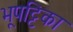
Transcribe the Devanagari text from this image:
भूपट्टिका